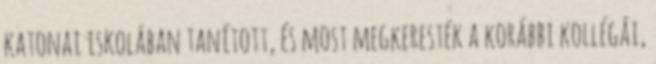
katonai iskolában tanított, és most megkeresték a korábbi kollégái,